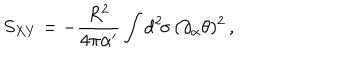
S _ { X Y } = - \frac { R ^ { 2 } } { 4 \pi \alpha ^ { \prime } } \int \mathrm { d } ^ { 2 } \! \sigma \, ( \partial _ { \alpha } \theta ) ^ { 2 } \, ,